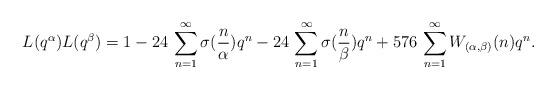
LaTeX: \begin{align*}L(q^{\alpha})L(q^{\beta}) = 1 - 24\,\sum_{n=1}^{\infty}\sigma(\frac{n}{\alpha})q^{n} -24\,\sum_{n=1}^{\infty}\sigma(\frac{n}{\beta})q^{n} + 576\,\sum_{n=1}^{\infty}W_{(\alpha,\beta)}(n)q^{n}.\end{align*}